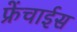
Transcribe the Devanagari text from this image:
फ्रेंचाईस